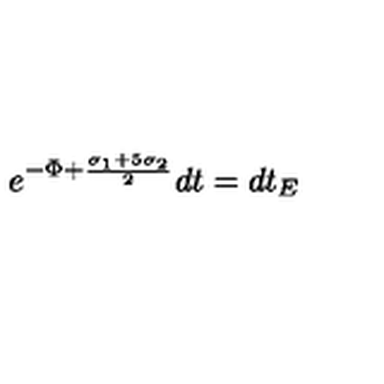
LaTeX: e ^ { - \Phi + \frac { \sigma _ { 1 } + 5 \sigma _ { 2 } } { 2 } } d t = d t _ { E }